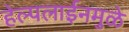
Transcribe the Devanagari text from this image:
हेल्पलाईनमुळे